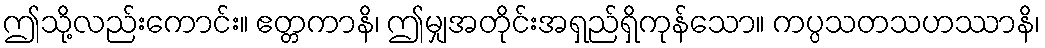
ဤသို့လည်းကောင်း။ ဧတ္တကာနိ၊ ဤမျှအတိုင်းအရှည်ရှိကုန်သော။ ကပ္ပသတသဟဿာနိ၊